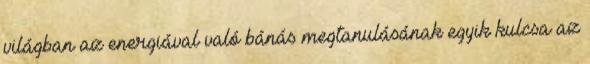
világban az energiával való bánás megtanulásának egyik kulcsa az